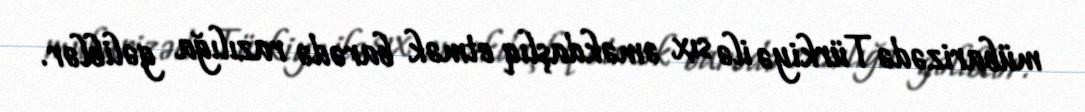
mübarizədə Türkiyə ilə sıx əməkdaşlıq etmək barədə razılığa gəliblər.